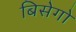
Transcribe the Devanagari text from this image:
बिसेगो